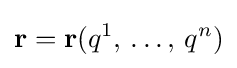
\displaystyle \mathbf {r} =\mathbf {r} (q^{1},\,\ldots ,\,q^{n})